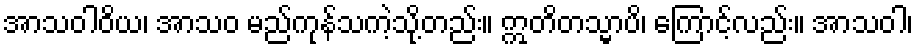
အာသဝါဝိယ၊ အာသဝ မည်ကုန်သကဲ့သို့တည်း။ ဣတိတသ္မာပိ၊ ကြောင့်လည်း။ အာသဝါ၊